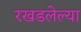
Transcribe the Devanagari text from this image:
रखडलेल्या